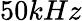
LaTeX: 50kHz